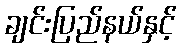
ချင်းပြည်နယ်နှင့်